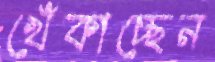
খেঁকাচ্ছেন